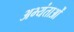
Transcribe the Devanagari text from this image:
अभ्यंताओं